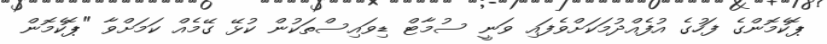
ޕޮކެމޮންގެ ފަހުގެ އުފެއްދުމަކަށްވެފައި ވަނީ ސުމާޓް ޑިވައިސްތަކުން ކުޅޭ ގޭމެއް ކަމަށްވާ "ޕޮކެމޮން